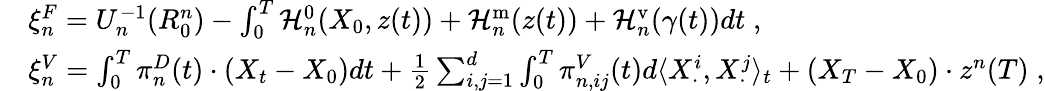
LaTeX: \begin{array}{rl}&{\xi_{n}^{F}=U_{n}^{-1}(R_{0}^{n})-\int_{0}^{T}\mathcal{H}_{n}^{0}(X_{0},z(t))+\mathcal{H}_{n}^{\mathrm{m}}(z(t))+\mathcal{H}_{n}^{\mathrm{v}}(\gamma(t))dt\; ,}\\ &{\xi_{n}^{V}=\int_{0}^{T}\pi_{n}^{D}(t)\cdot(X_{t}-X_{0})dt+\frac 12\sum_{i,j=1}^{d}\int_{0}^{T}\pi_{n,ij}^{V}(t)d\langle X_{\cdot}^{i},X_{\cdot}^{j}\rangle_{t}+(X_{T}-X_{0})\cdot z^{n}(T)\; ,}\end{array}